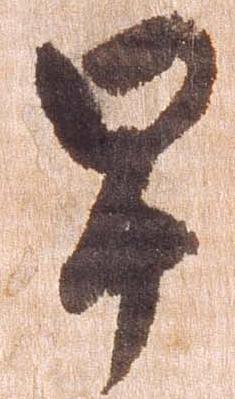
早